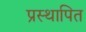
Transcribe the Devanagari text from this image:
प्रस्‍थापित